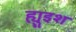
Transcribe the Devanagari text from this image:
ह्युइश